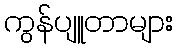
ကွန်ပျူတာများ